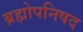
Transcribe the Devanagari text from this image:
ब्रह्मोपनिषद